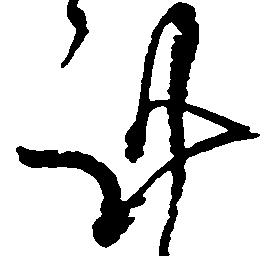
謹